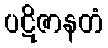
ပဋိဇာနတံ